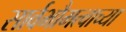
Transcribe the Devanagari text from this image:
सार्वभौमत्वाच्या